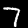
Digit: 7